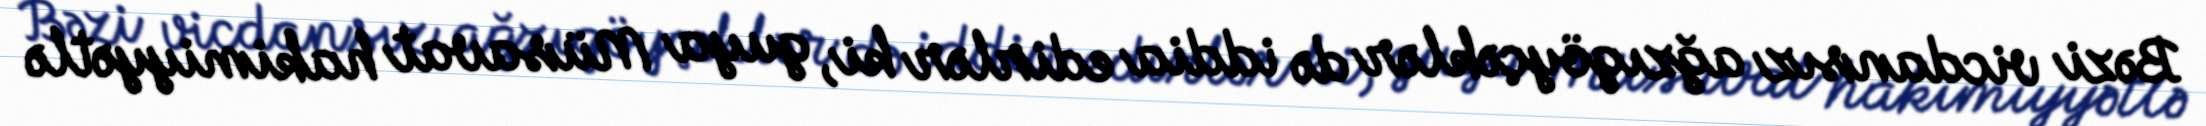
Bəzi vicdansız ağzıgöyçəklər də iddia edirlər ki, guya Müsavat hakimiyyətlə